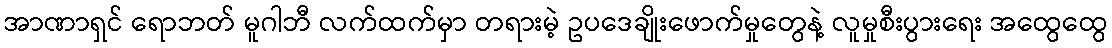
အာဏာရှင် ရောဘတ် မူဂါဘီ လက်ထက်မှာ တရားမဲ့ ဥပဒေချိုးဖောက်မှုတွေနဲ့ လူမှုစီးပွားရေး အထွေထွေ